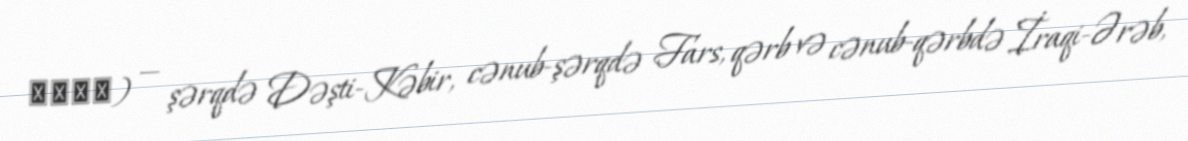
جبال) — şərqdə Dəşti-Kəbir, cənub-şərqdə Fars, qərb və cənub-qərbdə İraqi-Ərəb,